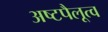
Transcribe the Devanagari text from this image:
अष्टपैलूत्व